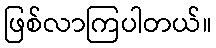
ဖြစ်လာကြပါတယ်။